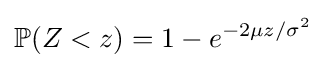
\mathbb {P} (Z<z)=1-e^{-2\mu z/\sigma ^{2}}